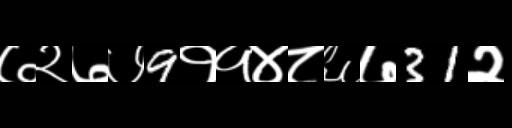
Text: ७२७७9११४८६७31२